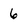
Character: 6